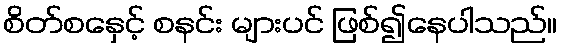
စိတ်စနှေင့် စနင်း များပင် ဖြစ်၍နေပါသည်။